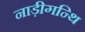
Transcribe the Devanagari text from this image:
नाड़ीगन्थि